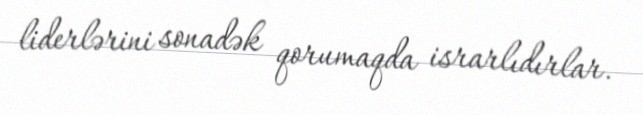
liderlərini sonadək qorumaqda israrlıdırlar.